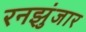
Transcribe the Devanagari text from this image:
रनझुंजार